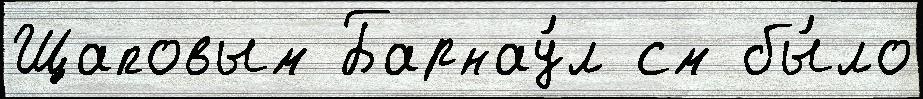
Щаповым Барнау́л см бы́ло